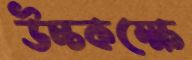
উচ্চকক্ষে